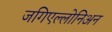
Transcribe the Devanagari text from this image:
जगिएल्लोनिअन